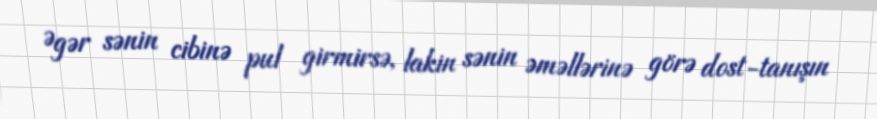
Əgər sənin cibinə pul girmirsə, lakin sənin əməllərinə görə dost-tanışın